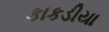
કાકડીયા